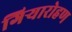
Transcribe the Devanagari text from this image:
गिऱ्यारोहण